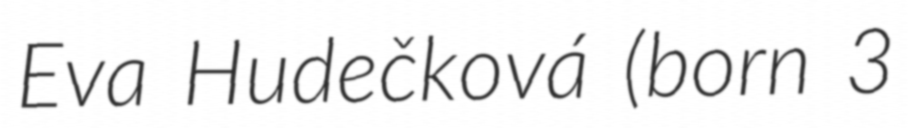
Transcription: Eva Hudečková (born 3